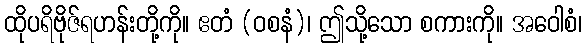
ထိုပရိဗိုဇ်ရဟန်းတို့ကို။ ဧတံ (ဝစနံ)၊ ဤသို့သော စကားကို။ အဝေါစံ၊